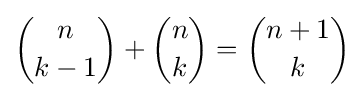
{n \choose k-1}+{n \choose k}={n+1 \choose k}